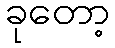
ခုတော့